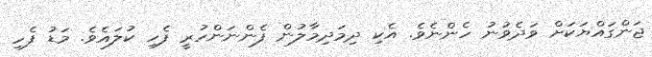
ޖަންގައްޔަކަށް ވަދެވުނު ހެންނެވެ. އެކި ދިމަދިމާލުން ފެންނަންހުރީ ފެހި ކުލައެވެ. މަޑު ފެހި